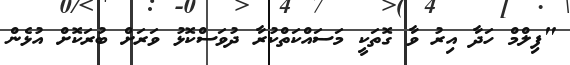
"ފިލްމް ހަދާ އިރު ވާ ގޮތަކީ މަސައްކަތްކުރާ ދުވަސްކޮޅު ވަރަށް ބުރަކޮށް އުޅެން